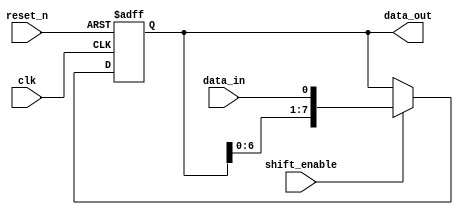
module shift_register (
    input wire clk,
    input wire reset_n,
    input wire data_in,
    input wire shift_enable,
    output reg [7:0] data_out
);

always @(posedge clk or negedge reset_n) begin
    if (!reset_n) begin
        data_out <= 8'b0; // Active-low reset: Clear the register when reset_n is low
    end else if (shift_enable) begin
        data_out <= {data_out[6:0], data_in}; // Shift the register and insert the new data bit
    end
end

endmodule